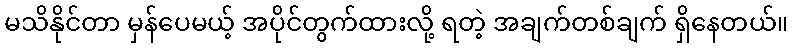
မသိနိုင်တာ မှန်ပေမယ့် အပိုင်တွက်ထားလို့ ရတဲ့ အချက်တစ်ချက် ရှိနေတယ်။